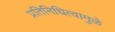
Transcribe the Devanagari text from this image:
प्रतिनिधित्वामुळे